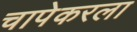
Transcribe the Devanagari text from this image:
चापेकरला